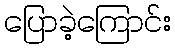
ပြောခဲ့ကြောင်း